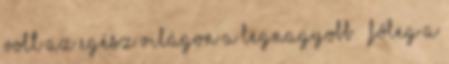
volt az egész világon a legnagyobb – főleg a